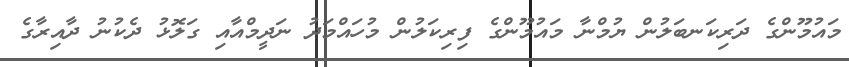
މައުމޫންގެ ދަރިކަނބަލުން ޔުމްނާ މައުމޫންގެ ފިރިކަލުން މުހައްމަދު ނަދީމްއާއި ގަލޮޅު ދެކުނު ދާއިރާގެ